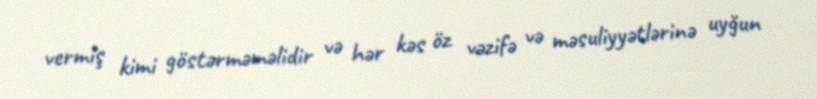
vermiş kimi göstərməməlidir və hər kəs öz vəzifə və məsuliyyətlərinə uyğun